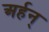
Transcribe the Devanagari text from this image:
अर्हन्